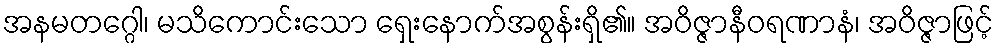
အနမတဂ္ဂေါ၊ မသိကောင်းသော ရှေးနောက်အစွန်းရှိ၏။ အဝိဇ္ဇာနီဝရဏာနံ၊ အဝိဇ္ဇာဖြင့်